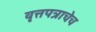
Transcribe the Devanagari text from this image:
वृत्तपत्राचेच